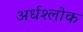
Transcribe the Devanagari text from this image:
अर्धश्लोक